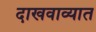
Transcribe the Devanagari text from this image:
दाखवाव्यात